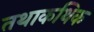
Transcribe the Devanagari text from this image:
तथाकथिक